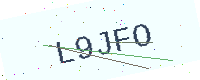
Text: L9JFO